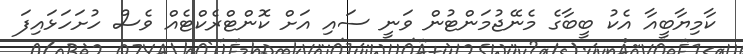
ކާމިޔާބީއާ އެކު ބީބާގެ މެނޭޖުމަންޓުން ވަނީ ސައި އަށް ކޮންޓްރެކްޓެއް ވެސް ހުށަހަޅައިފަ